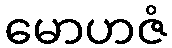
မောဟဇံ